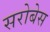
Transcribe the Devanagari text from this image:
सरोबेस